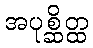
အပုစ္ဆိတ္ထ